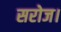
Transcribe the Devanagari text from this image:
सरोज।